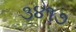
૩૪૧૭